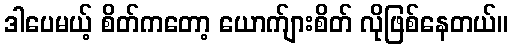
ဒါပေမယ့် စိတ်ကတော့ ယောက်ျားစိတ် လိုဖြစ်နေတယ်။